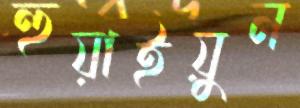
হুয়াইয়ুন